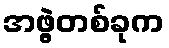
အဖွဲ့တစ်ခုက